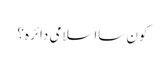
کون سااسلامی دائرہ؟